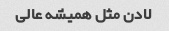
لادن مثل همیشه عالی